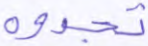
تجدوه